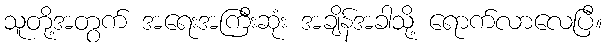
သူတို့အတွက် အရေးအကြီးဆုံး အချိန်အခါသို့ ရောက်လာလေပြီ။